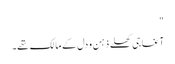
"
آغا جی کھلے ذہن و دل کے مالک تھے۔